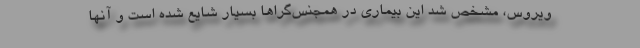
ویروس، مشخص شد این بیماری در همجنس‌گراها بسیار شایع شده است و آنها